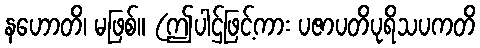
နဟောတိ၊ မဖြစ်။ (ဤပါဌ်ဖြင့်ကား ပဇာပတိပုရိသပကတိ